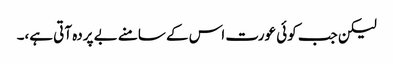
لیکن جب کوئی عورت اس کے سامنے بے پردہ آتی ہے،۔